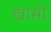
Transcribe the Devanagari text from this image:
खासो